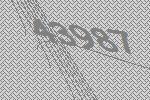
43987